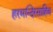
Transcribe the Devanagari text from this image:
हरमन्दिरसाहिब